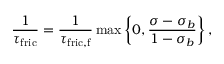
\frac { 1 } { \tau _ { \mathrm { f r i c } } } = \frac { 1 } { \tau _ { \mathrm { f r i c , f } } } \operatorname* { m a x } \left\{ 0 , \frac { \sigma - \sigma _ { b } } { 1 - \sigma _ { b } } \right\} ,